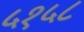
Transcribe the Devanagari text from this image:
५१५८